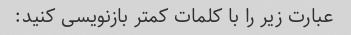
عبارت زیر را با کلمات کمتر بازنویسی کنید: